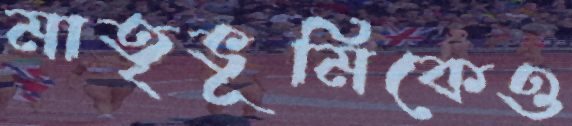
মাতৃভূমিকেও